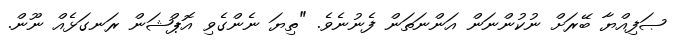
ޞަފިއްޔާ ބޭރަށް ނުކުންނަން އަންނަތަން ފެނުނެވެ. "ތިޔަ ނެންގެވި އޮޕްޝަން ރަނގަޅެއް ނޫން.